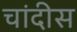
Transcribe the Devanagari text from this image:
चांदीस